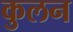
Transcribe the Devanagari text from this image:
कुलन